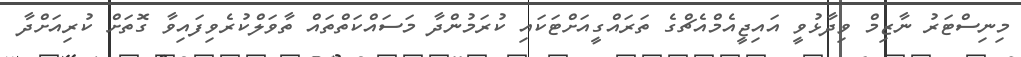
މިނިސްޓަރު ނާޒިމް ވިދާޅުވީ އައިޖީއެމްއެޗްގެ ތަރައްގީއަށްޓަކައި ކުރަމުންދާ މަސައްކަތްތައް ތާވަލްކުރެވިފައިވާ ގޮތަށް ކުރިއަށްދާ